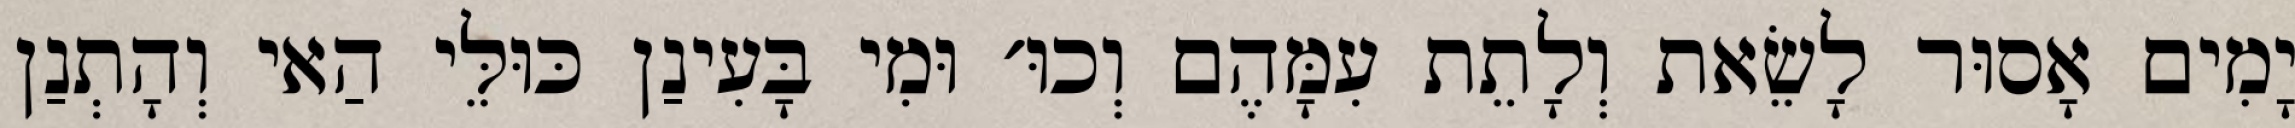
יָמִים אָסוּר לָשֵׂאת וְלָתֵת עִמָּהֶם וְכוּ׳ וּמִי בָּעִינַן כּוּלֵּי הַאי וְהָתְנַן